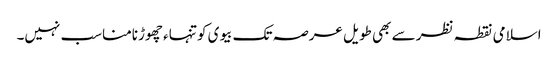
اسلامی نقطہ نظر سے بھی طویل عرصہ تک بیوی کو تنہاء چھوڑنامناسب نہیں۔